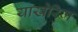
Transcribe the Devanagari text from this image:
याखेरिज